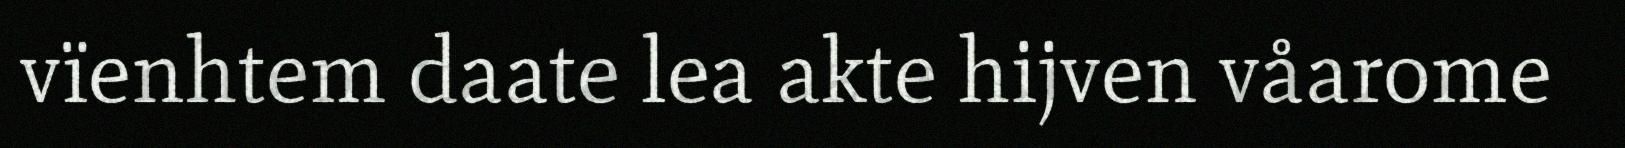
vïenhtem daate lea akte hijven våarome